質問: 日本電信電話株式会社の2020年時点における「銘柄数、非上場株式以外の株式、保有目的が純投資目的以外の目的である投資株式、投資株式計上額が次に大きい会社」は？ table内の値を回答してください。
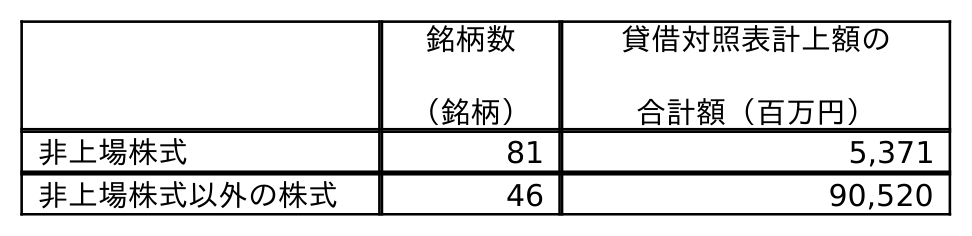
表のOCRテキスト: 銘柄数 （銘柄） 貸借対照表計上額の 合計額（百万円） 非上場株式 81 5,371 非上場株式以外の株式 46 90,520
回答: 46